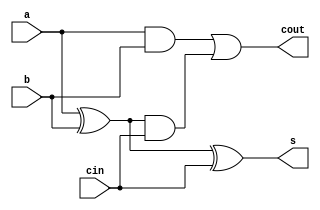
// blocking assignments

module fulladder(input      a, b, cin, 
                 output reg s, cout);

  reg p, g;

  always @(*) 
    begin
      p = a ^ b;  // blocking
      g = a & b;  // blocking

      s = p ^ cin;
      cout = g | (p & cin);
    end
endmodule